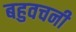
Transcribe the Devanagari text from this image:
बहुवचनी